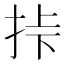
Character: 挊